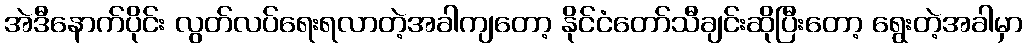
အဲဒီနောက်ပိုင်း လွတ်လပ်ရေးရလာတဲ့အခါကျတော့ နိုင်ငံတော်သီချင်းဆိုပြီးတော့ ရွေးတဲ့အခါမှာ